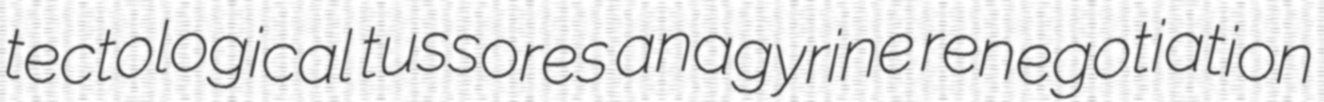
tectological tussores anagyrine renegotiation